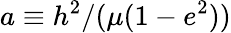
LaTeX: a\equiv h^{2}/(\mu(1-e^{2}))